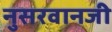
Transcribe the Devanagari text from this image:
नुसरवानजी